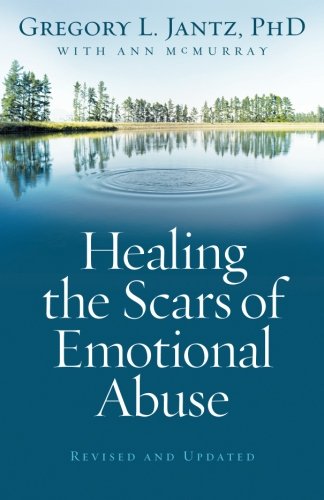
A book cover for Healing the Scars of Emotional Abuse; Gregory L. Ph.D. Jantz; Parenting & Relationships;